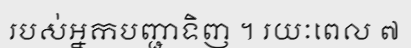
របស់អ្នកបញ្ជាទិញ ។ រយៈពេល ៧